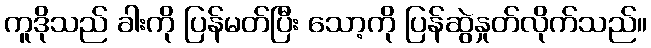
ကူဒိုသည် ခါးကို ပြန်မတ်ပြီး သော့ကို ပြန်ဆွဲနှုတ်လိုက်သည်။